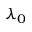
\lambda _ { 0 }